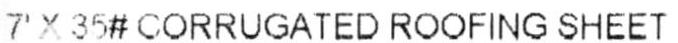
7' X 35# CORRUGATED ROOFING SHEET